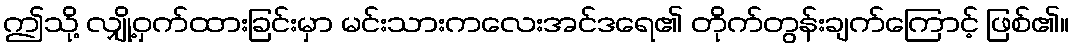
ဤသို့ လျှို့ဝှက်ထားခြင်းမှာ မင်းသားကလေးအင်ဒရေ၏ တိုက်တွန်းချက်ကြောင့် ဖြစ်၏။